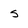
Character: s